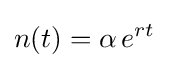
n(t)=\alpha \,e^{rt}